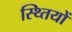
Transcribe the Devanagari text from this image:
स्थ्तियों